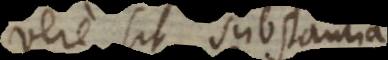
vere sit substantia